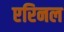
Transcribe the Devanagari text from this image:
एरिनल